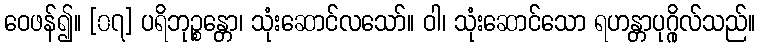
ဝေဖန်၍။ [၀၇] ပရိဘုဉ္စန္တော၊ သုံးဆောင်လသော်။ ဝါ၊ သုံးဆောင်သော ရဟန္တာပုဂ္ဂိုလ်သည်။